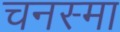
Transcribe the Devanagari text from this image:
चनस्मा